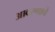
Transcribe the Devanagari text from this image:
आवरणाचे